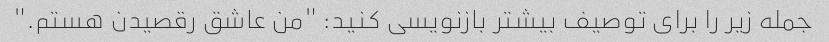
جمله زیر را برای توصیف بیشتر بازنویسی کنید: "من عاشق رقصیدن هستم."